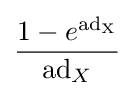
{\frac {1-e^{\mathrm {ad_{X}} }}{\mathrm {ad} _{X}}}